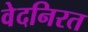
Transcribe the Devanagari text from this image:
वेदनिरत